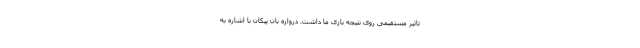
تاثیر مستقیمی روی نتیجه بازی ما داشت. دروازه بان پیکان با اشاره به